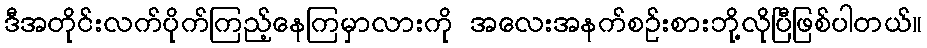
ဒီအတိုင်းလက်ပိုက်ကြည့်နေကြမှာလားကို အလေးအနက်စဉ်းစားဘို့လိုပြီဖြစ်ပါတယ်။